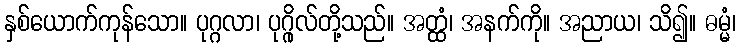
နှစ်ယောက်ကုန်သော။ ပုဂ္ဂလာ၊ ပုဂ္ဂိုလ်တို့သည်။ အတ္ထံ၊ အနက်ကို။ အညာယ၊ သိ၍။ ဓမ္မံ၊